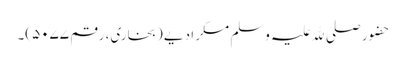
حضور صلی ﷲ علیہ وسلم مسکرا دیے (بخاری، رقم ۵۰۷۷)۔